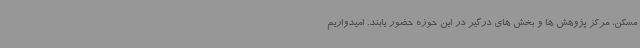
مسکن، مرکز پژوهش ها و بخش های درگیر در این حوزه حضور یابند. امیدواریم